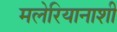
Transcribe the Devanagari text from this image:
मलेरियानाशी